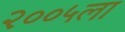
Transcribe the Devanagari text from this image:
२००५ला